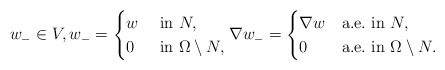
\begin{align*}w_-\in V,w_-= \begin{cases} w&\mbox{ in }N,\\ 0&\mbox{ in }\Omega\setminus N, \end{cases}\nabla w_-= \begin{cases} \nabla w&\mbox{a.e.~in }N,\\ 0&\mbox{a.e.~in }\Omega\setminus N. \end{cases}\end{align*}